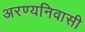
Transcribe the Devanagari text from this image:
अरण्यनिवासी